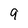
Character: 9